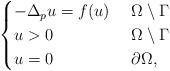
LaTeX: \begin{align*}\begin{cases}-\Delta_p u=f(u) & \,\,\Omega\setminus \Gamma \\u> 0 & \,\,\Omega\setminus \Gamma \\u=0 & \,\,\partial \Omega,\end{cases}\end{align*}